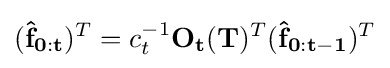
(\mathbf {{\hat {f}}_{0:t}} )^{T}=c_{t}^{-1}\mathbf {O_{t}} (\mathbf {T} )^{T}(\mathbf {{\hat {f}}_{0:t-1}} )^{T}